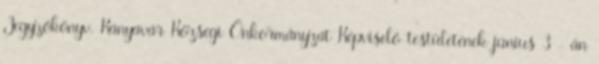
Jegyzőkönyv. Kányavár Községi Önkormányzat Képviselő-testületének június 3 - án